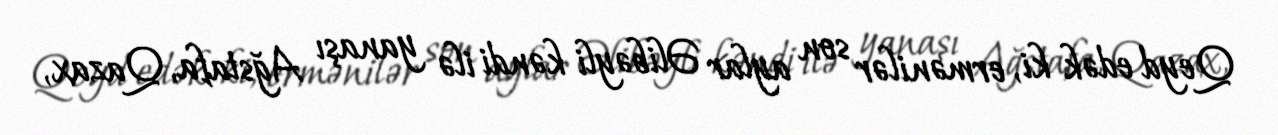
Qeyd edək ki, ermənilər son aylar Əlibəyli kəndi ilə yanaşı Ağstafa, Qazax,